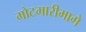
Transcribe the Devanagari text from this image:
गोटमारीमागे